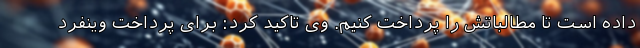
داده است تا مطالباتش را پرداخت کنیم. وی تاکید کرد: برای پرداخت وینفرد